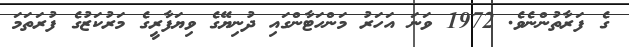
ގެ ފަރާތުންނެވެ. 1972 ވަނަ އަހަރު މަންހަޓާންގައި ދުނިޔޭގެ ވިޔަފާރީގެ މަރުކަޒުގެ ފުރަތަމަ